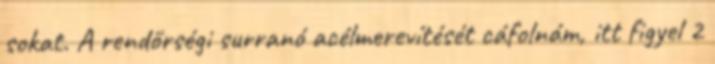
sokat. A rendőrségi surranó acélmerevítését cáfolnám, itt figyel 2